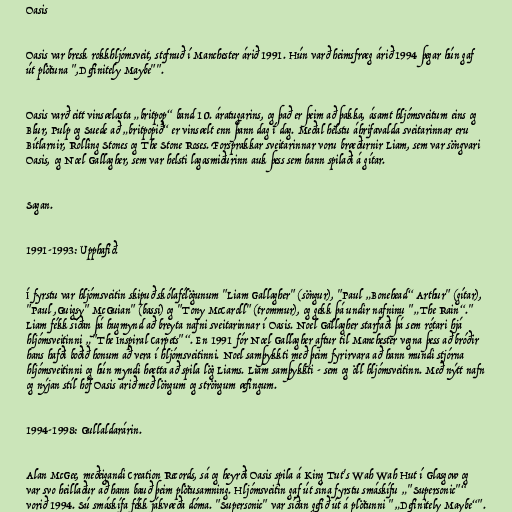
Oasis

Oasis var bresk rokkhljómsveit, stofnuð í Manchester árið 1991. Hún varð heimsfræg árið 1994 þegar hún gaf
út plötuna ",Definitely Maybe"".

Oasis varð eitt vinsælasta „britpop“ band 10. áratugarins, og það er þeim að þakka, ásamt hljómsveitum eins og
Blur, Pulp og Suede að „britpopið“ er vinsælt enn þann dag í dag. Meðal helstu áhrifavalda sveitarinnar eru
Bítlarnir, Rolling Stones og The Stone Roses. Forsprakkar sveitarinnar voru bræðurnir Liam, sem var söngvari
Oasis, og Noel Gallagher, sem var helsti lagasmiðurinn auk þess sem hann spilaði á gítar.

Sagan.

1991-1993: Upphafið.

Í fyrstu var hljómsveitin skipuð skólafélögunum "Liam Gallagher" (söngur), "Paul „Bonehead“ Arthur" (gítar),
"Paul ,Guigsy" McGuian" (bassi) og "Tony McCaroll" (trommur), og gekk þá undir nafninu "„The Rain“."
Liam fékk síðan þá hugmynd að breyta nafni sveitarinnar í Oasis. Noel Gallagher starfaði þá sem rótari hjá
hljómsveitinni „"The Inspiral Carpets"“. En 1991 fór Noel Gallagher aftur til Manchester vegna þess að bróðir
hans hafði boðið honum að vera í hljómsveitinni. Noel samþykkti með þeim fyrirvara að hann mundi stjórna
hljómsveitinni og hún myndi hætta að spila lög Liams. Liam samþykkti - sem og öll hljómsveitinn. Með nýtt nafn
og nýjan stíl hóf Oasis árið með löngum og ströngum æfingum.

1994-1998: Gullaldarárin.

Alan McGee, meðeigandi Creation Records, sá og heyrði Oasis spila á King Tut's Wah Wah Hut í Glasgow og
var svo heillaður að hann bauð þeim plötusamning. Hljómsveitin gaf út sína fyrstu smáskífu „"Supersonic"“
vorið 1994. Sú smáskífa fékk jákvæða dóma. "Supersonic" var síðan gefið út á plötunni "„Definitely Maybe“".